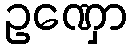
ဥဏှော